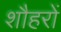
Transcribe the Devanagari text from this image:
शौहरों